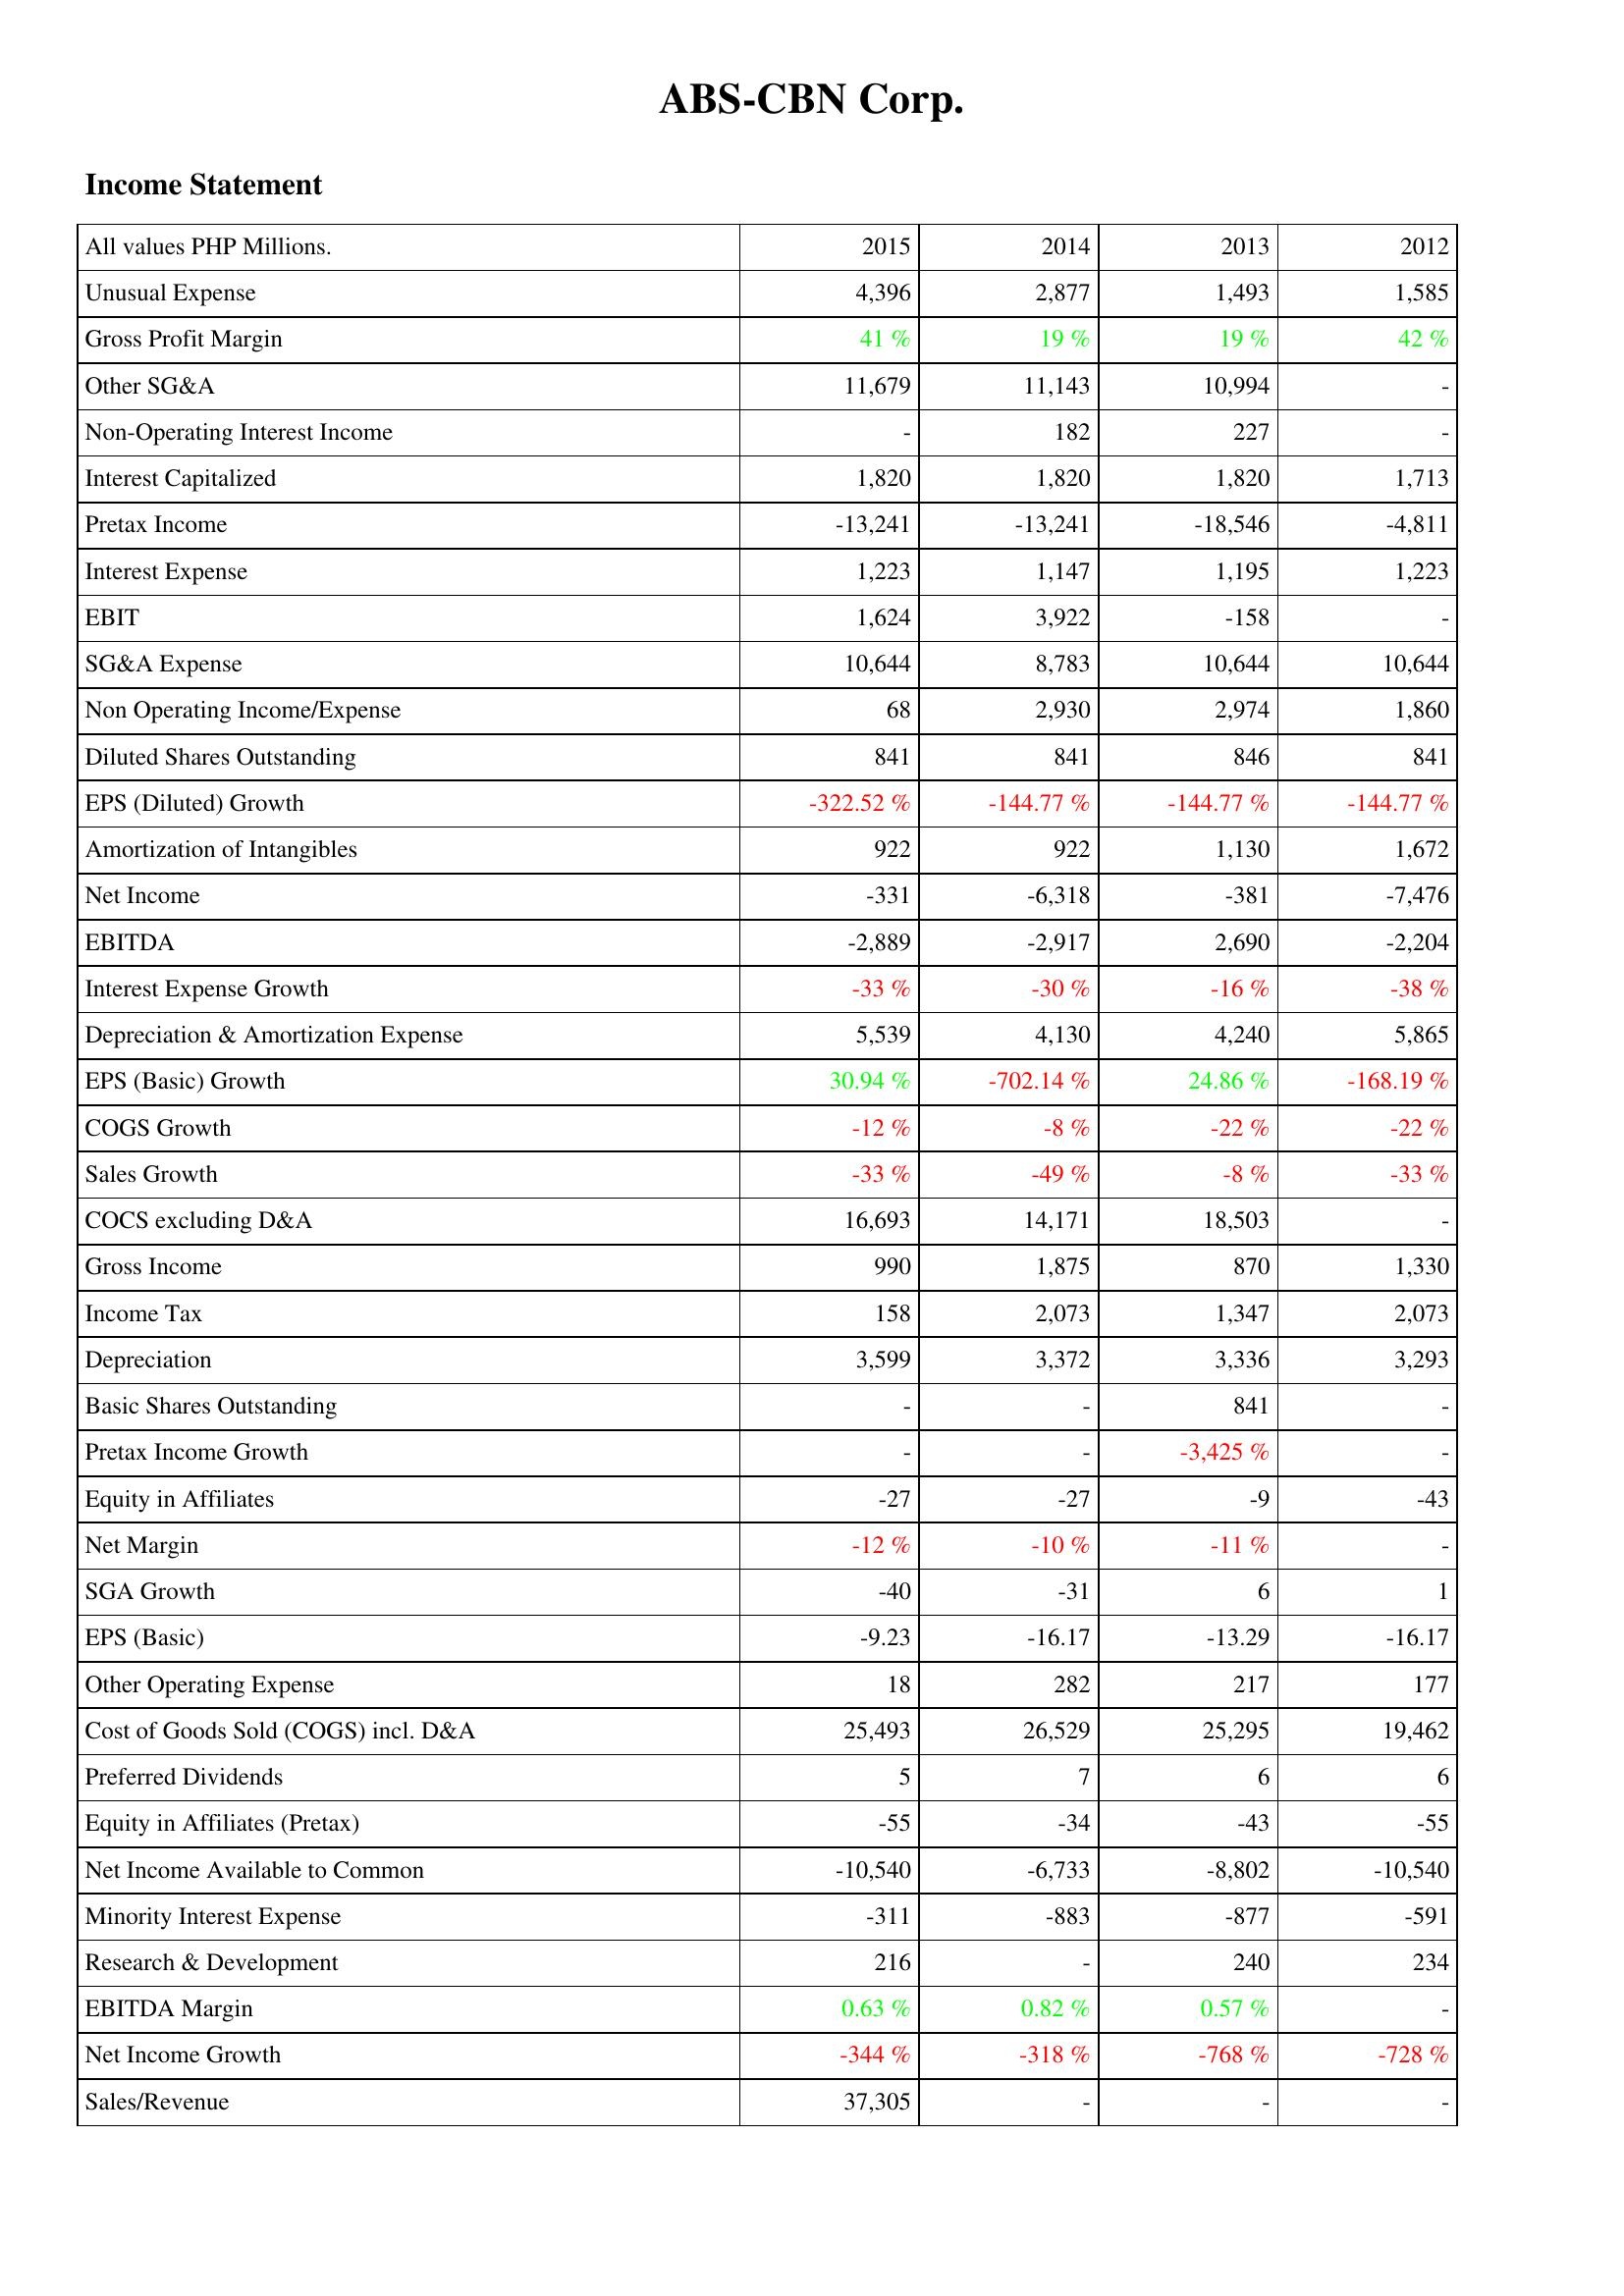
2015: Income Statement: Unusual Expense: 4,396
Gross Profit Margin: 41 %
Other SG&A: 11,679
Non-Operating Interest Income: -
Interest Capitalized: 1,820
Pretax Income: -13,241
Interest Expense: 1,223
EBIT: 1,624
SG&A Expense: 10,644
Non Operating Income/Expense: 68
Diluted Shares Outstanding: 841
EPS (Diluted) Growth: -322.52 %
Amortization of Intangibles: 922
Net Income: -331
EBITDA: -2,889
Interest Expense Growth: -33 %
Depreciation & Amortization Expense: 5,539
EPS (Basic) Growth: 30.94 %
COGS Growth: -12 %
Sales Growth: -33 %
COCS excluding D&A: 16,693
Gross Income: 990
Income Tax: 158
Depreciation: 3,599
Basic Shares Outstanding: -
Pretax Income Growth: -
Equity in Affiliates: -27
Net Margin: -12 %
SGA Growth: -40
EPS (Basic): -9.23
Other Operating Expense: 18
Cost of Goods Sold (COGS) incl. D&A: 25,493
Preferred Dividends: 5
Equity in Affiliates (Pretax): -55
Net Income Available to Common: -10,540
Minority Interest Expense: -311
Research & Development: 216
EBITDA Margin: 0.63 %
Net Income Growth: -344 %
Sales/Revenue: 37,305
2014: Income Statement: Unusual Expense: 2,877
Gross Profit Margin: 19 %
Other SG&A: 11,143
Non-Operating Interest Income: 182
Interest Capitalized: 1,820
Pretax Income: -13,241
Interest Expense: 1,147
EBIT: 3,922
SG&A Expense: 8,783
Non Operating Income/Expense: 2,930
Diluted Shares Outstanding: 841
EPS (Diluted) Growth: -144.77 %
Amortization of Intangibles: 922
Net Income: -6,318
EBITDA: -2,917
Interest Expense Growth: -30 %
Depreciation & Amortization Expense: 4,130
EPS (Basic) Growth: -702.14 %
COGS Growth: -8 %
Sales Growth: -49 %
COCS excluding D&A: 14,171
Gross Income: 1,875
Income Tax: 2,073
Depreciation: 3,372
Basic Shares Outstanding: -
Pretax Income Growth: -
Equity in Affiliates: -27
Net Margin: -10 %
SGA Growth: -31
EPS (Basic): -16.17
Other Operating Expense: 282
Cost of Goods Sold (COGS) incl. D&A: 26,529
Preferred Dividends: 7
Equity in Affiliates (Pretax): -34
Net Income Available to Common: -6,733
Minority Interest Expense: -883
Research & Development: -
EBITDA Margin: 0.82 %
Net Income Growth: -318 %
Sales/Revenue: -
2013: Income Statement: Unusual Expense: 1,493
Gross Profit Margin: 19 %
Other SG&A: 10,994
Non-Operating Interest Income: 227
Interest Capitalized: 1,820
Pretax Income: -18,546
Interest Expense: 1,195
EBIT: -158
SG&A Expense: 10,644
Non Operating Income/Expense: 2,974
Diluted Shares Outstanding: 846
EPS (Diluted) Growth: -144.77 %
Amortization of Intangibles: 1,130
Net Income: -381
EBITDA: 2,690
Interest Expense Growth: -16 %
Depreciation & Amortization Expense: 4,240
EPS (Basic) Growth: 24.86 %
COGS Growth: -22 %
Sales Growth: -8 %
COCS excluding D&A: 18,503
Gross Income: 870
Income Tax: 1,347
Depreciation: 3,336
Basic Shares Outstanding: 841
Pretax Income Growth: -3,425 %
Equity in Affiliates: -9
Net Margin: -11 %
SGA Growth: 6
EPS (Basic): -13.29
Other Operating Expense: 217
Cost of Goods Sold (COGS) incl. D&A: 25,295
Preferred Dividends: 6
Equity in Affiliates (Pretax): -43
Net Income Available to Common: -8,802
Minority Interest Expense: -877
Research & Development: 240
EBITDA Margin: 0.57 %
Net Income Growth: -768 %
Sales/Revenue: -
2012: Income Statement: Unusual Expense: 1,585
Gross Profit Margin: 42 %
Other SG&A: -
Non-Operating Interest Income: -
Interest Capitalized: 1,713
Pretax Income: -4,811
Interest Expense: 1,223
EBIT: -
SG&A Expense: 10,644
Non Operating Income/Expense: 1,860
Diluted Shares Outstanding: 841
EPS (Diluted) Growth: -144.77 %
Amortization of Intangibles: 1,672
Net Income: -7,476
EBITDA: -2,204
Interest Expense Growth: -38 %
Depreciation & Amortization Expense: 5,865
EPS (Basic) Growth: -168.19 %
COGS Growth: -22 %
Sales Growth: -33 %
COCS excluding D&A: -
Gross Income: 1,330
Income Tax: 2,073
Depreciation: 3,293
Basic Shares Outstanding: -
Pretax Income Growth: -
Equity in Affiliates: -43
Net Margin: -
SGA Growth: 1
EPS (Basic): -16.17
Other Operating Expense: 177
Cost of Goods Sold (COGS) incl. D&A: 19,462
Preferred Dividends: 6
Equity in Affiliates (Pretax): -55
Net Income Available to Common: -10,540
Minority Interest Expense: -591
Research & Development: 234
EBITDA Margin: -
Net Income Growth: -728 %
Sales/Revenue: -